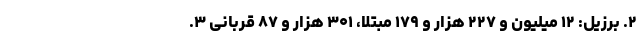
۲. برزیل: ۱۲ میلیون و ۲۲۷ هزار و ۱۷۹ مبتلا، ۳۰۱ هزار و ۸۷ قربانی ۳.